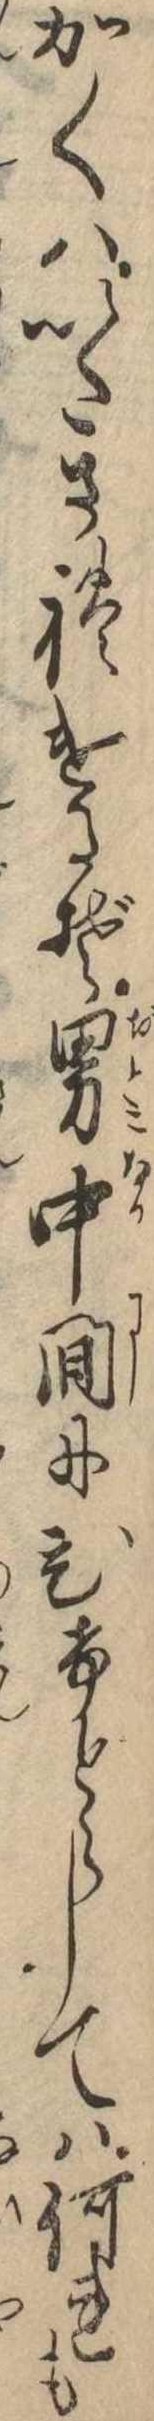
かくはいたされけるぞ男中間にひけとらしては何れも